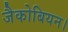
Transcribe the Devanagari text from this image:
जैकोबियन।